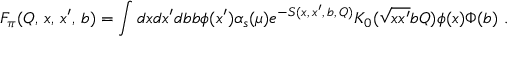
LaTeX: { \cal F } _ { \pi } ( Q , \, x , \, x ^ { \prime } , \, b ) = \int d x d x ^ { \prime } d b b \phi ( x ^ { \prime } ) \alpha _ { s } ( \mu ) e ^ { - S ( x , \, x ^ { \prime } , \, b , \, Q ) } K _ { 0 } ( \sqrt { x x ^ { \prime } } b Q ) \phi ( x ) \Phi ( b ) \ .